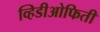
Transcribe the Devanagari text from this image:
व्हिडीओफिती